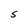
Character: S